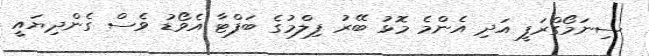
ސިނަމޯގްރަފީ އަދި އެންމެ މޮޅު ބޭރު ފިލްމުގެ ބަފްޓާ އެވޯޑު ވެސް ގެންދިޔައީ